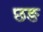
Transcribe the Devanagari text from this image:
छङ